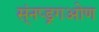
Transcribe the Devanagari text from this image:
स्ंनप्ड्रगओण